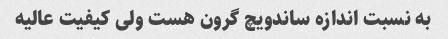
به نسبت اندازه ساندویچ گرون هست ولی کیفیت عالیه